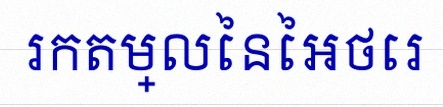
រកតម្លៃនៃអថេរ